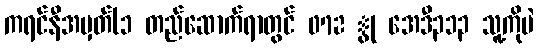
ကရင်နီအမှတ်(၁ တည်ဆောက်ရာတွင် 072 ွု အေဒီ၃၁၃ သူ့ကိုပဲ